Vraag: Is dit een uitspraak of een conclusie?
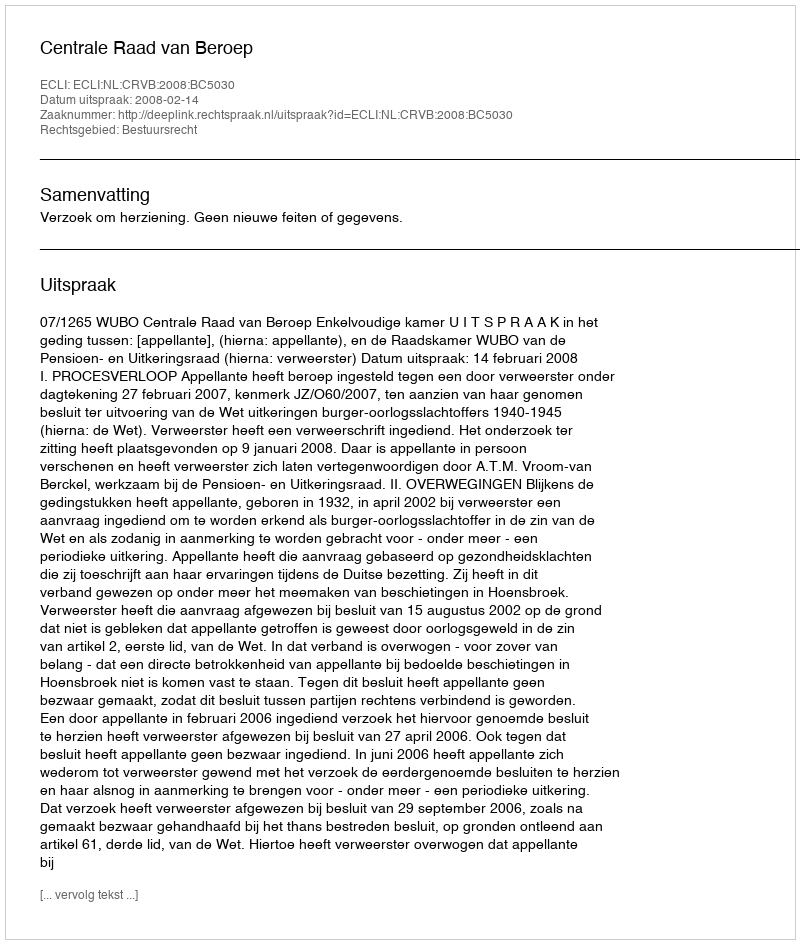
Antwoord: Uitspraak